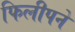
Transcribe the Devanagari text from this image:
फिलीपने